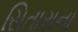
સિતારાના